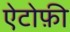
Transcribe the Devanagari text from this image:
ऐटोफ़ी